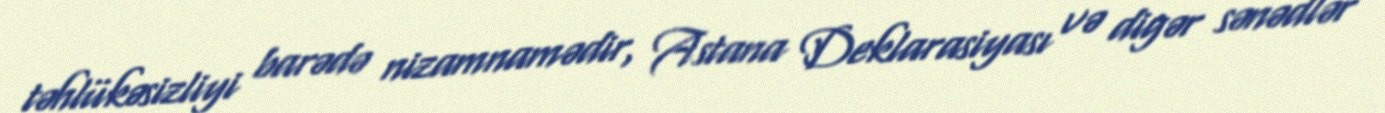
təhlükəsizliyi barədə nizamnamədir, Astana Deklarasiyası və digər sənədlər